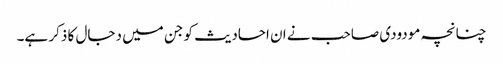
چنانچہ مودودی صاحب نے ان احادیث کو جن میں دجال کا ذکر ہے۔